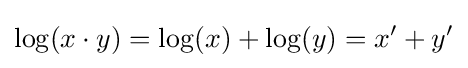
\log(x\cdot y)=\log(x)+\log(y)=x'+y'